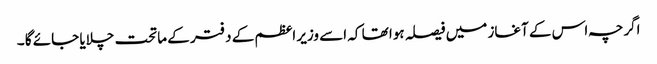
اگرچہ اس کے آغاز میں فیصلہ ہوا تھا کہ اسے وزیر اعظم کے دفتر کے ماتحت چلایا جائے گا ۔